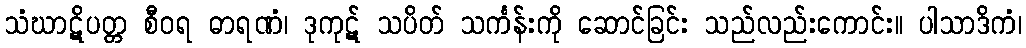
သံဃာဋိပတ္တ စီဝရ ဓာရဏံ၊ ဒုကုဋ် သပိတ် သင်္ကန်းကို ဆောင်ခြင်း သည်လည်းကောင်း။ ပါသာဒိကံ၊